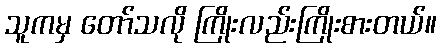
သူကမှ တော်သလို ကြိုးလည်းကြိုးစားတယ်။